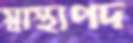
স্বাস্থ্যপদ